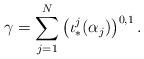
LaTeX: \begin{align*}\gamma=\sum_{j=1}^N\left(\iota^j_*(\alpha_j)\right)^{0,1}.\end{align*}